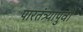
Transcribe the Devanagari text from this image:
पारतंत्र्यापुर्वी